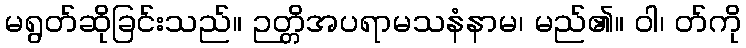
မရွတ်ဆိုခြင်းသည်။ ဉတ္တိအပရာမသနံနာမ၊ မည်၏။ ဝါ၊ တ်ကို